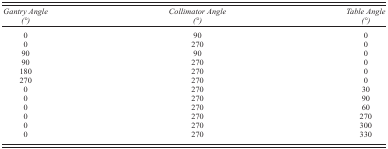
<table><thead><tr><td><b><i>Gantry Angle (°)</i></b></td><td><b><i>Collimator Angle (°)</i></b></td><td><b><i>Table Angle (°)</i></b></td></tr></thead><tbody><tr><td>0</td><td>90</td><td>0</td></tr><tr><td>0</td><td>270</td><td>0</td></tr><tr><td>90</td><td>90</td><td>0</td></tr><tr><td>90</td><td>270</td><td>0</td></tr><tr><td>180</td><td>270</td><td>0</td></tr><tr><td>270</td><td>270</td><td>0</td></tr><tr><td>0</td><td>270</td><td>30</td></tr><tr><td>0</td><td>270</td><td>90</td></tr><tr><td>0</td><td>270</td><td>60</td></tr><tr><td>0</td><td>270</td><td>270</td></tr><tr><td>0</td><td>270</td><td>300</td></tr><tr><td>0</td><td>270</td><td>330</td></tr></tbody></table>